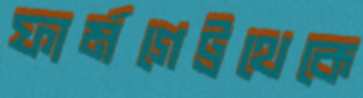
ফার্মগেট্রথেকে